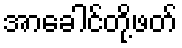
အာခေါင်တို့ဖတ်